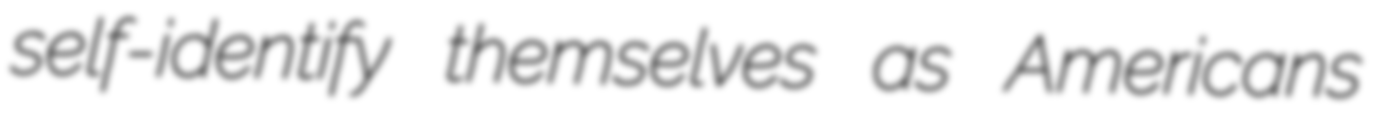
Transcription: self-identify themselves as Americans